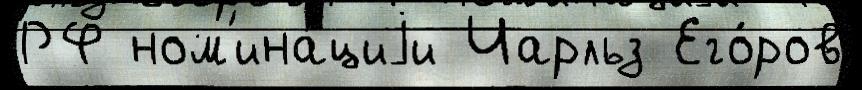
РФ ном'ина́циjи Чарльз Его́ров